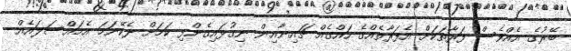
ބޭރުގެ އެއްވެސް ފަރާތަކަށް އެފަރާތެއްގެ ހައްގެއް ޗައިނާއިން ނިގުޅައިގެންފި ކަމަށް ދެކޭނަމަ އެމައްސަލައެއް